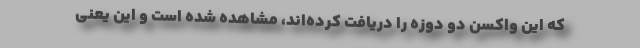
که این واکسن دو دوزه را دریافت کرده‌اند، مشاهده شده است و این یعنی